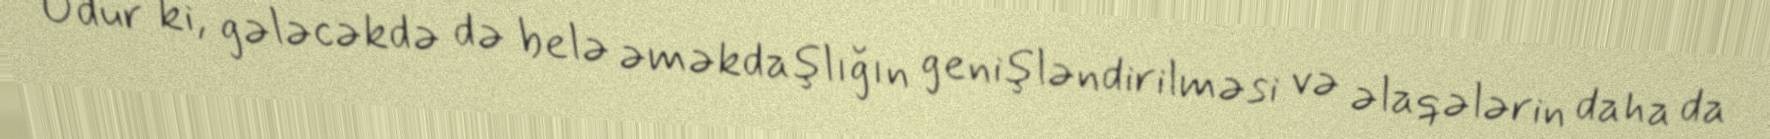
Odur ki, gələcəkdə də belə əməkdaşlığın genişləndirilməsi və əlaqələrin daha da